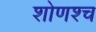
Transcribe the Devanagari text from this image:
शोणश्च